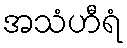
အသံဟီရံ